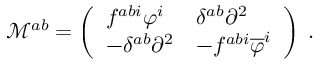
\mathcal { M } ^ { a b } = \left( \begin{array} { l l } { { f ^ { a b i } \varphi ^ { i } } } & { { \delta ^ { a b } \partial ^ { 2 } } } \\ { { - \delta ^ { a b } \partial ^ { 2 } } } & { { - f ^ { a b i } \overline { { { \varphi } } } ^ { i } } } \end{array} \right) \; .